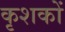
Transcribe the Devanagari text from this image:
कृशकों